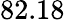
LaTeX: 82.18